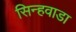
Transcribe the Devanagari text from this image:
सिन्हवाडा